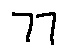
7 7